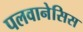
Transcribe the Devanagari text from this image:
पलवानेसिस